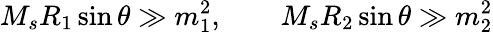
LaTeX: M_{s}R_{1}\sin\theta\gg m_{1}^{2},\qquad M_{s}R_{2}\sin\theta\gg m_{2}^{2}